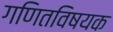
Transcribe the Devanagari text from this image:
गणितविषयक